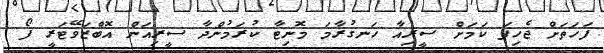
ފަހަތަށް ޖެހިފަ ކަމަށް ސީރިއާ ހަނގުރާމަ މޮނިޓާ ކުރަމުންދާ ސީރިއަން އޮބްޒަވޭޓަރީ ފޯ